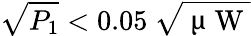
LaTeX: \sqrt{P_{1}}<0.05\ \sqrt{\mathrm{~\textmu~W~}}